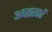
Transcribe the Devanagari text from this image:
अप्सरकों